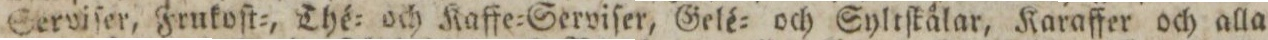
Serviſer, Frukoſt=, Thé= och Kaffe=Serviſer, Gelé= och Syltſtålar, Karaffer och alla